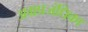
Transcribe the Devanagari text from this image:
अग्रप्रजंधिका